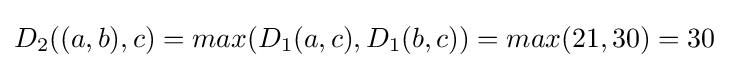
D_{2}((a,b),c)=max(D_{1}(a,c),D_{1}(b,c))=max(21,30)=30